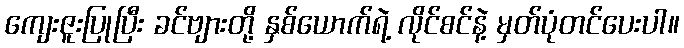
ကျေးဇူးပြုပြီး ခင်ဗျားတို့ နှစ်ယောက်ရဲ့ လိုင်စင်နဲ့ မှတ်ပုံတင်ပေးပါ။